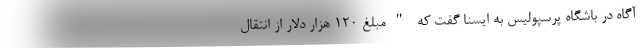
آگاه در باشگاه پرسپولیس به ایسنا گفت که "مبلغ ۱۲۰ هزار دلار از انتقال